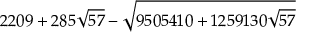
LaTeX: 2 2 0 9 + 2 8 5 \sqrt { 5 7 } - \sqrt { 9 5 0 5 4 1 0 + 1 2 5 9 1 3 0 \sqrt { 5 7 } }